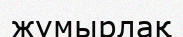
жұмырлақ